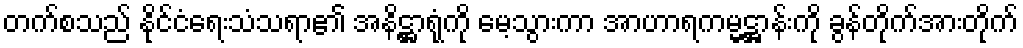
တက်စသည် နိုင်ငံရေးသံသရာ၏ အနိဋ္ဌာရုံကို မေ့သွားကာ အာဟာရကမ္မဋ္ဌာန်းကို ခွန်တိုက်အားတိုက်